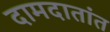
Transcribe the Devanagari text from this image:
दामदातांत